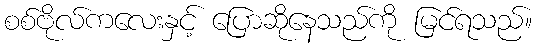
စစ်ဗိုလ်ကလေးနှင့် ပြောဆိုနေသည်ကို မြင်ရသည်။